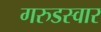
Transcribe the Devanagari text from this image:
गरुडस्वार